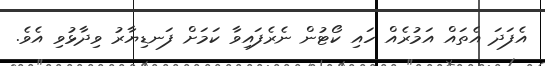
އެފަދަ އެތައް އަމުރެއް ހައި ކޯޓުން ނެރެފައިވާ ކަމަށް ފަނޑިޔާރު ވިދާޅުވި އެވެ.